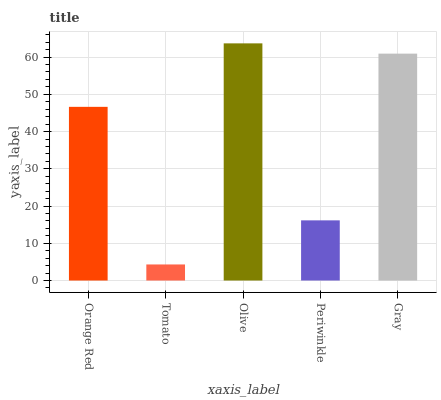
| xaxis_label | bars |
 | --- | --- |
 | Orange Red | 46.6 |
 | Tomato | 4.32 |
 | Olive | 63.7 |
 | Periwinkle | 16.2 |
 | Gray | 60.9 |